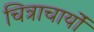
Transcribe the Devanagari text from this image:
चित्राचार्यों